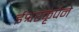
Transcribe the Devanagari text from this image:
ईश्वरकृपेने